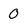
Character: 0